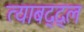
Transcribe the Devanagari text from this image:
त्याबद्द्ल